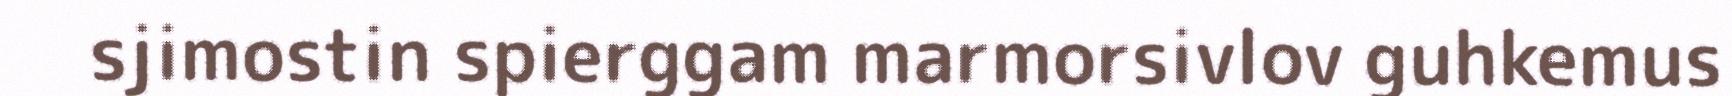
sjimostin spierggam marmorsivlov guhkemus